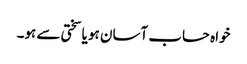
خواہ حساب آسان ہو یا سختی سے ہو۔